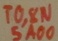
Text: TO,8N5A00